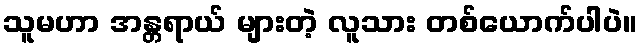
သူမဟာ အန္တရာယ် များတဲ့ လူသား တစ်ယောက်ပါပဲ။